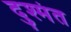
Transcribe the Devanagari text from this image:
दुश्मंत